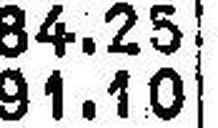
91.10